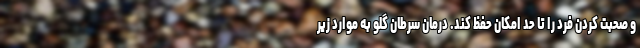
و صحبت کردن فرد را تا حد امکان حفظ کند. درمان سرطان گلو به موارد زیر